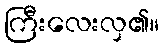
ကြီးလေးလှ၏။